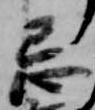
忌